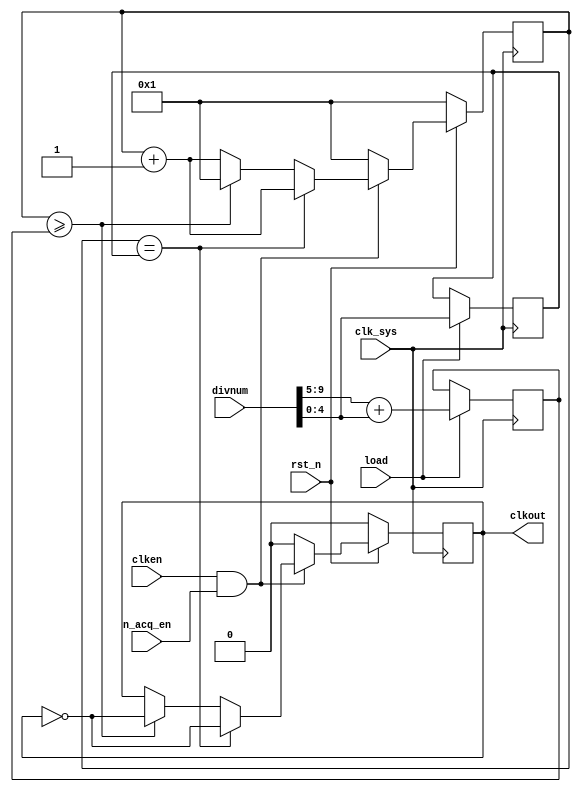
//noiseclk.v

module noiseclk(
                clk_sys,
                clken,
                n_acq_en,
                divnum,
                rst_n,
                load,
                clkout
                );
input clk_sys;
input clken;
input n_acq_en;
input rst_n;
input [9:0]divnum;
input load;

output clkout;


reg clkout;
reg [4:0] datahalf;
reg [4:0] dataall;
reg [4:0] count;

wire en;
assign en = clken & n_acq_en;

always @ (posedge clk_sys)
  begin
       if (load == 1'b1)
        begin
        datahalf <= divnum[4:0];
        dataall  <= divnum[9:5]+divnum[4:0];
        end
       else
        begin
        datahalf <= datahalf;   //datahalf = 10
        dataall  <= dataall;    //dataall  = 20
        end
  end



always @ (posedge clk_sys)
  begin
        if (rst_n == 1'b0)
           begin
                 count <= 1;
                 clkout <= 0;
           end
   
        else
           begin
             if (en == 1'b1)
               begin
                 if(count==datahalf) 
                     begin
                           clkout <= ~clkout;
                           count <= count + 1;          //dataall-datahalf = 
                     end                                //  1/20 = 50MHz
                 else if (count>=dataall)
                     begin
                           clkout <= ~clkout;
                           count <= 1;
                     end
                 else
                     begin
                           count <= count + 1;
                     end
               end
             else
               begin
                 count <= 1;
                 clkout <= 0;
               end
           end
  end


endmodule